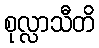
စုလ္လာသီတိ